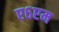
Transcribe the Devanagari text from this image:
ए६एम